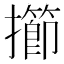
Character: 擳